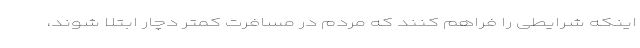
اینکه شرایطی را فراهم کنند که مردم در مسافرت کمتر دچار ابتلا شوند،